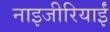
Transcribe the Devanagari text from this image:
नाइजीरियाईं